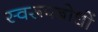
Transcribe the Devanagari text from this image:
स्वरूपबोधों